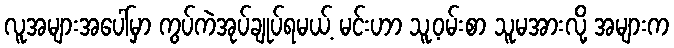
လူအများအပေါ်မှာ ကွပ်ကဲအုပ်ချုပ်ရမယ့် မင်းဟာ သူ့ဝမ်းစာ သူမအားလို့ အများက